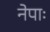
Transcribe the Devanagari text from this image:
नेपाः